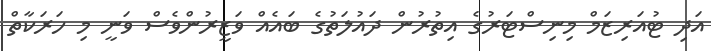
އަދި ޓުއަރިޒަމް މިނިސްޓަރުގެ އިތުރުން ދައުލަތުގެ ބައެއް ވަޒީރުންވެސް ވަނީ މި ހަރަކާތް